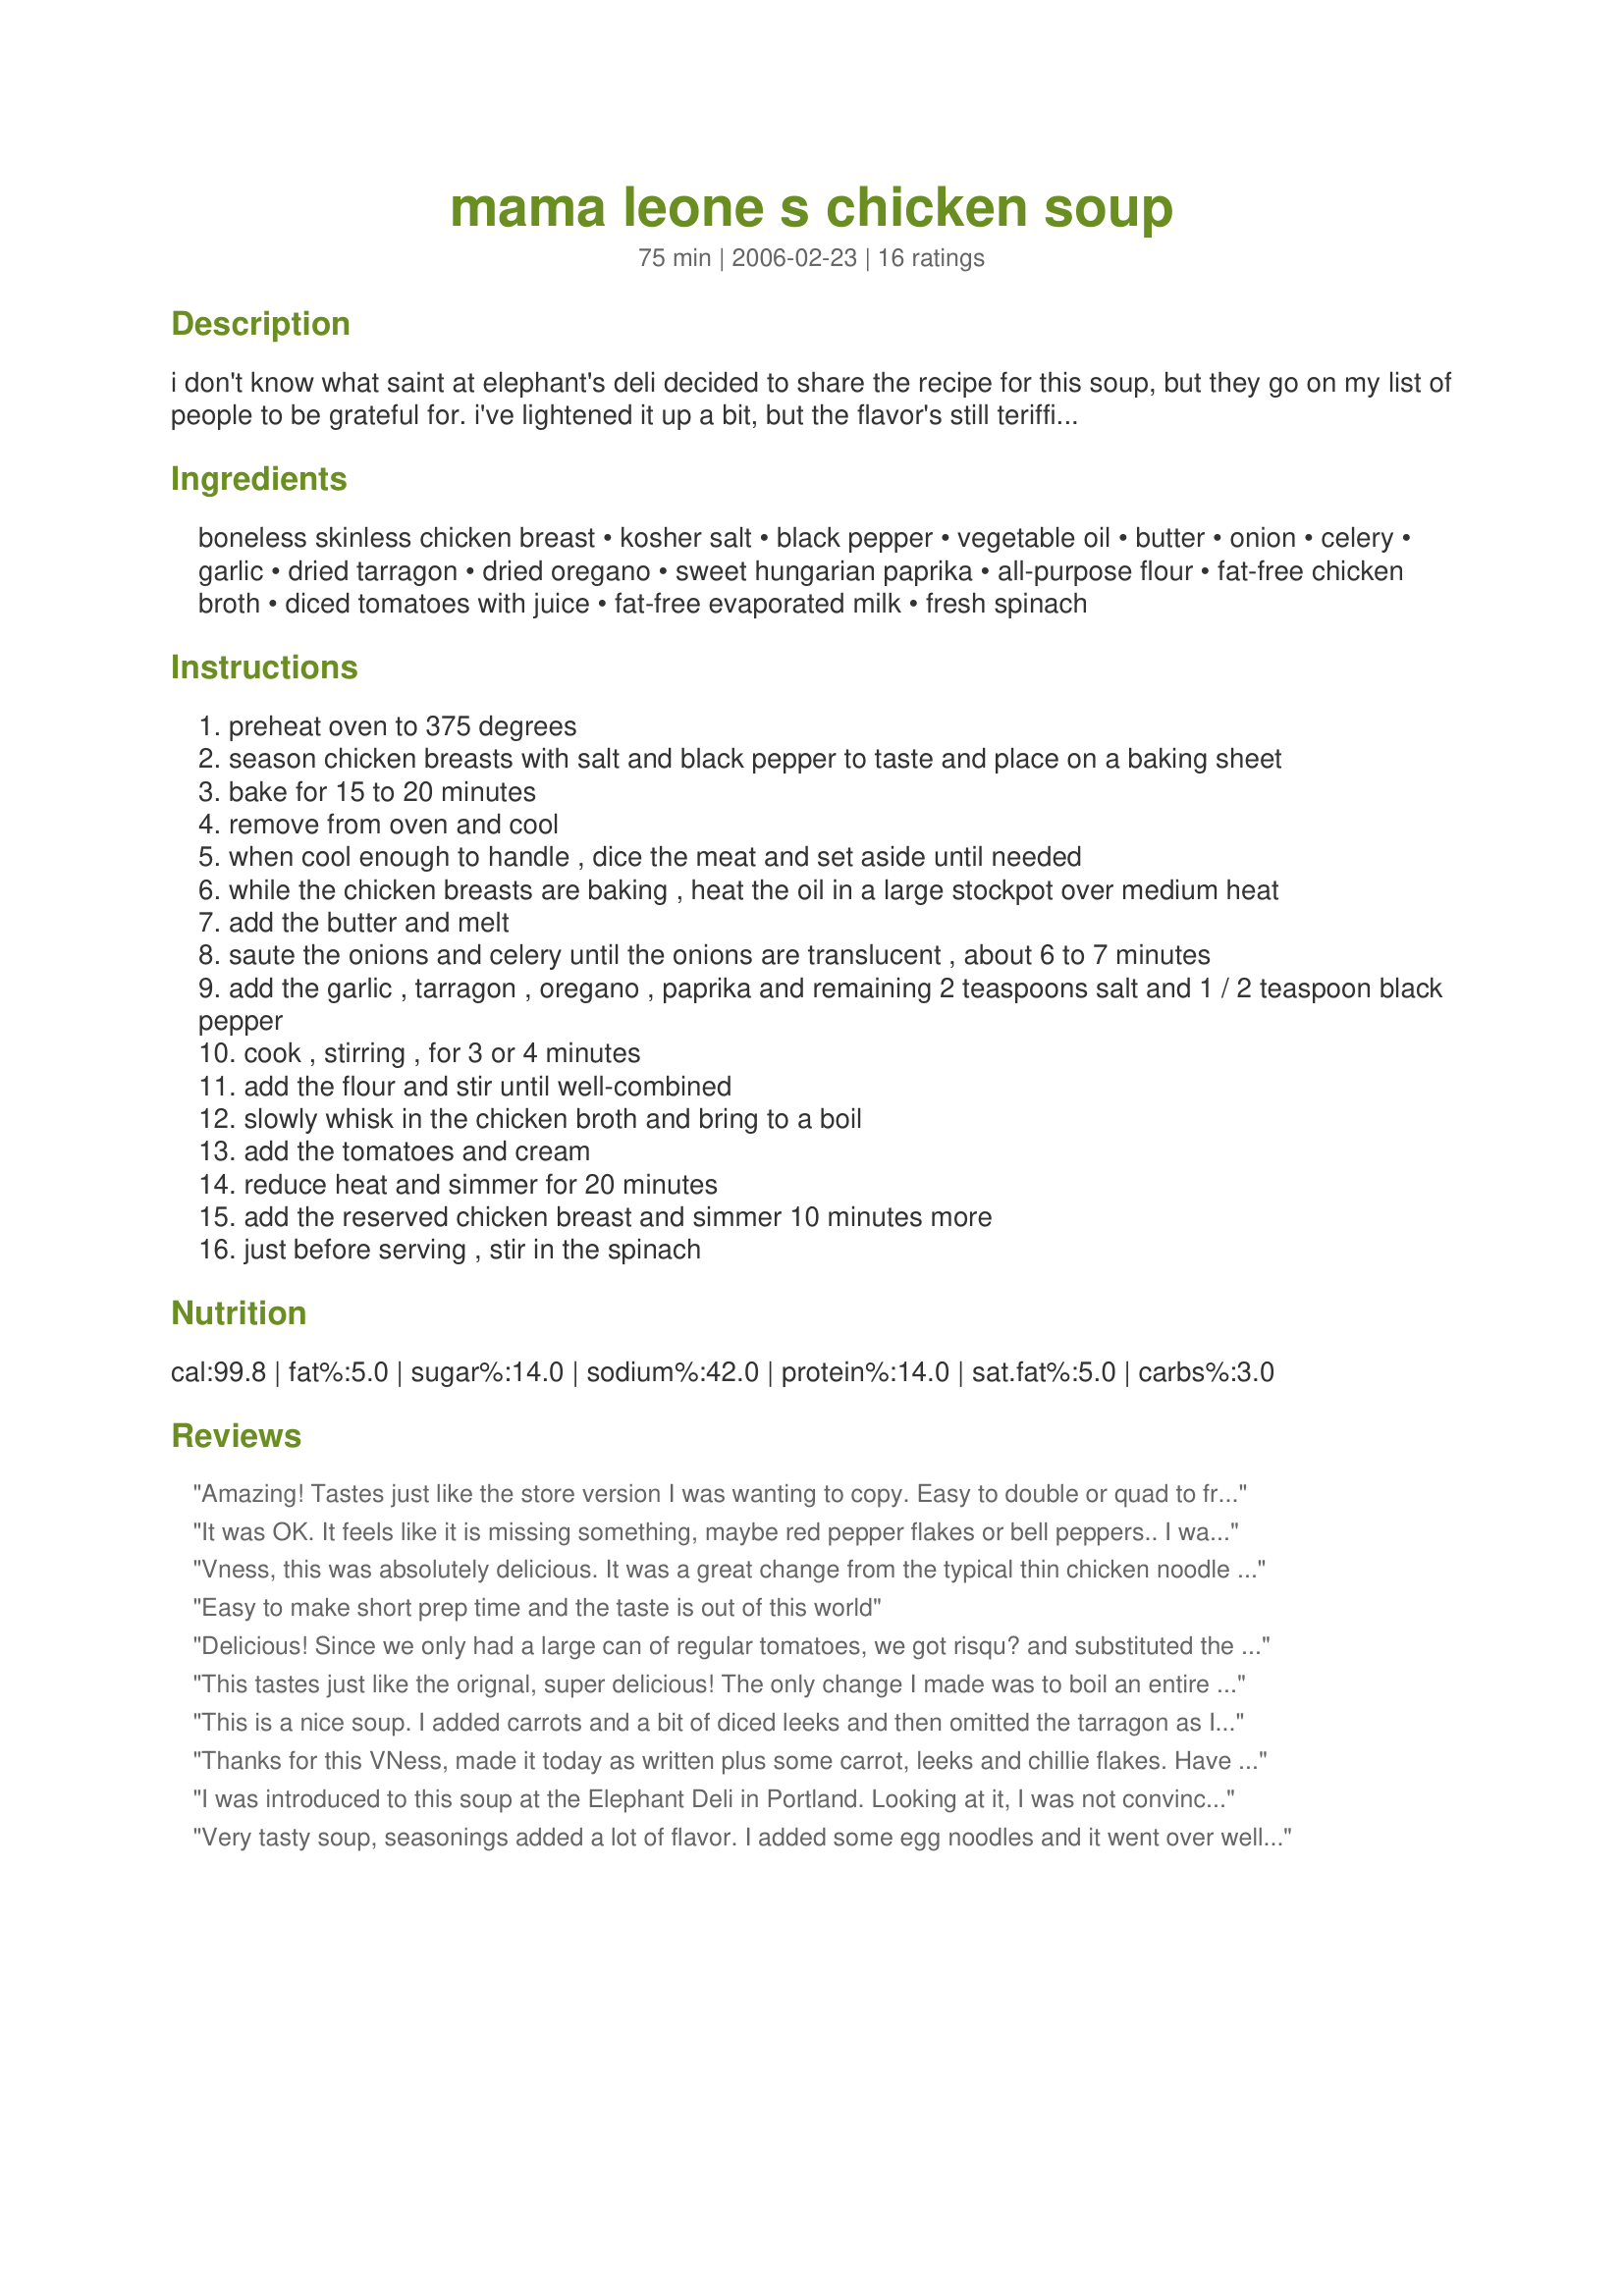
mama leone s chicken soup
Preparation time: 75 minutes

i don't know what saint at elephant's deli decided to share the recipe for this soup, but they go on my list of people to be grateful for. i've lightened it up a bit, but the flavor's still teriffic. this is one of my favorites!

Ingredients:
boneless skinless chicken breast, kosher salt, black pepper, vegetable oil, butter, onion, celery, garlic, dried tarragon, dried oregano, sweet hungarian paprika, all-purpose flour, fat-free chicken broth, diced tomatoes with juice, fat-free evaporated milk, fresh spinach

Steps:
preheat oven to 375 degrees
season chicken breasts with salt and black pepper to taste and place on a baking sheet
bake for 15 to 20 minutes
remove from oven and cool
when cool enough to handle , dice the meat and set aside until needed
while the chicken breasts are baking , heat the oil in a large stockpot over medium heat
add the butter and melt
saute the onions and celery until the onions are translucent , about 6 to 7 minutes
add the garlic , tarragon , oregano , paprika and remaining 2 teaspoons salt and 1 / 2 teaspoon black pepper
cook , stirring , for 3 or 4 minutes
add the flour and stir until well-combined
slowly whisk in the chicken broth and bring to a boil
add the tomatoes and cream
reduce heat and simmer for 20 minutes
add the reserved chicken breast and simmer 10 minutes more
just before serving , stir in the spinach

Reviews:
Amazing! Tastes just like the store version I was wanting to copy. Easy to double or quad to freeze. Thanks
It was OK. It feels like it is missing something, maybe red pepper flakes or bell peppers.. I was unsure how much flour to add, since it is mentioned once in the instructions but listed twice in the ingredients (as 1/2 cup and as 2 tablespoons) I used about 1/4 cup and feel the texture was spot on.
Vness, this was absolutely delicious. It was a great change from the typical thin chicken noodle soup and the milk gives it such a creamy taste. I added some carrots, thyme, and parsley cause I was out of the tarragon. Everyone in my family enjoyed this and it will become a regular for us. Highly recommend trying! Thank you so much for posting this!!!
Easy to make short prep time and the taste is out of this world
Delicious! Since we only had a large can of regular tomatoes, we got risqu? and substituted the smaller-sized can of fire roasted tomatoes instead. I think it really worked with the paprika, and was an awesome match for a nice bottle of Gamay Noir. The only thing we'll change next time is to leave out the salt added with the herbs and let everyone add their own salt at the table. Yummy!
This tastes just like the orignal, super delicious! The only change I made was to boil an entire chicken. I used the stock for the broth, and all of the meat from the chicken. Turned out perfect!
This is a nice soup. I added carrots and a bit of diced leeks and then omitted the tarragon as I don't care for it. Served with a sprinkle of parmesan cheese and homemade french bread. Thx for a good recipe.
Thanks for this VNess, made it today as written plus some carrot, leeks and chillie flakes. Have a cold and am newly single so wanted something comforting but not too unhealthy. Thank you so much for working on a light version! YUM YUM YUM- who needs men! Delicious!!!
I was introduced to this soup at the Elephant Deli in Portland. Looking at it, I was not convinced I would like it. I was very wrong! It is an awesome, nutritious soup, easy and fast to make if you substitute rotisserie chicken. My kitchen smells like an Italian restaurant. So good!
Very tasty soup, seasonings added a lot of flavor. I added some egg noodles and it went over well with the family.
I made this recipe in the slow cooker...added all of the ingredients except tomatoes, cream and spinach and let it cook for about 8 hours while I was at work. When I got home, I added the tomatoes, cream and spinach, topped it with a bit of fresh Romano cheese and served with Italian bread. It was so delicious and so simple using the crock pot.The chicken came out better in the slow cooker than cooking on stove top because it just shredded apart when I served it. I used all ingredients the recipe lists except the oil, which wasn't really needed. It turned out just like the original! Delicious!!
I gave it 5 stars because I made my own chicken stock in my pressure cooker. It's the best stock ever and all the soups I make come out so delicious. The store bought stuff will not give you the flavor for this soup and it won't taste like the soup at Elephant's using store bought.
Fabulous! Fabulous! Fabulous! This soup was....amazing, hence the 5 stars. It was so easy to prepare and it tastes so fresh and healthy! Thank you!
We really enjoyed this soup! It kept reminding me and my husband of chicken curry, though the recipe has neither curry nor coconut milk in the ingredients.<br/>One thing I would mention. I halved the recipe (6 servings) and the instructions stated to add 2tsp of salt. I thought that was a bit much and went by instinct. I added app. 1 1/4 tsp. The soup turned out perfect - any more salt would have ruined the flavor, a little less would have been alright and worked out.
Thanks, Vness we really enjoyed this soup.
I tried the "heavier" version at our local gourmet grocery and really liked it. This is a fabulous lighter version that still satisfies. Last time I made it I ran a little low on chicken broth, so used only 6 cups or so. Still worked fine, just a little thicker. Delicious! I'm so glad someone tracked this down.
